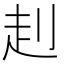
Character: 𧺈